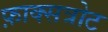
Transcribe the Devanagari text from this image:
फ़ाक्सत्रोट